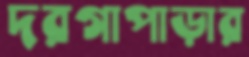
দরগাপাড়ার